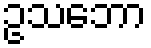
ဥသဘော